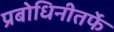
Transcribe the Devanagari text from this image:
प्रबोधिनीतर्फे